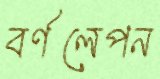
বর্ণলেপন